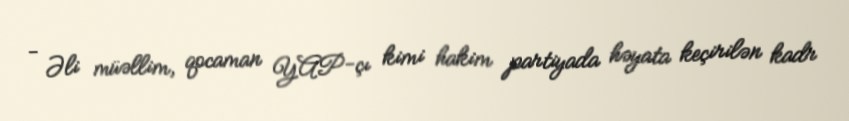
- Əli müəllim, qocaman YAP-çı kimi hakim partiyada həyata keçirilən kadr